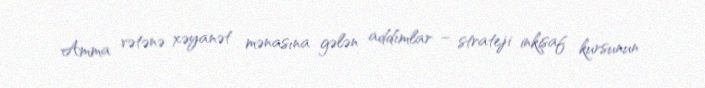
Amma vətənə xəyanət mənasına gələn addımlar – strateji inkişaf kursunun